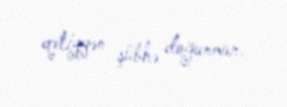
qətiyyən şübhə doğurmur.